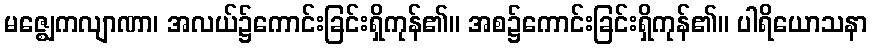
မဇ္ဈေကလျာဏာ၊ အလယ်၌ကောင်းခြင်းရှိကုန်၏။ အစ၌ကောင်းခြင်းရှိကုန်၏။ ပါရိယောသနာ